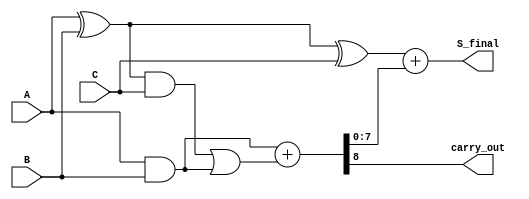
module CarrySaveAdder (
    input [N-1:0] A,
    input [N-1:0] B,
    input [N-1:0] C,
    output [N-1:0] S_final,
    output carry_out
);
    parameter N = 8; // Bit-width of the operands

    wire [N-1:0] S1, S2; // Partial sums
    wire [N-1:0] C1, C2; // Carry bits
    wire [N-1:0] C_final; // Final carry bits
    wire [N-1:0] temp_sum; // Intermediate sum for final addition

    // Stage 1: Generate Partial Sums and Carries
    assign S1 = A ^ B;       // Partial Sum S1
    assign C1 = A & B;       // Carry C1

    // Stage 2: Combine Partial Sum S1 with Operand C
    assign S2 = S1 ^ C;      // Partial Sum S2
    assign C2 = (S1 & C) | C1; // Carry C2

    // Carry Collection
    // Here we use a simple ripple carry adder for the final carry addition
    assign {carry_out, C_final} = C1 + C2;

    // Final Output Calculation
    assign S_final = S2 + C_final; // Final Sum

endmodule